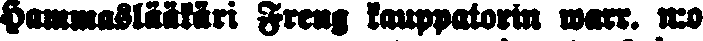
Hammaslääkäri Freng kauppatorin warr. n:o